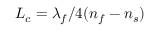
L _ { c } = \lambda _ { f } / 4 ( n _ { f } - n _ { s } )